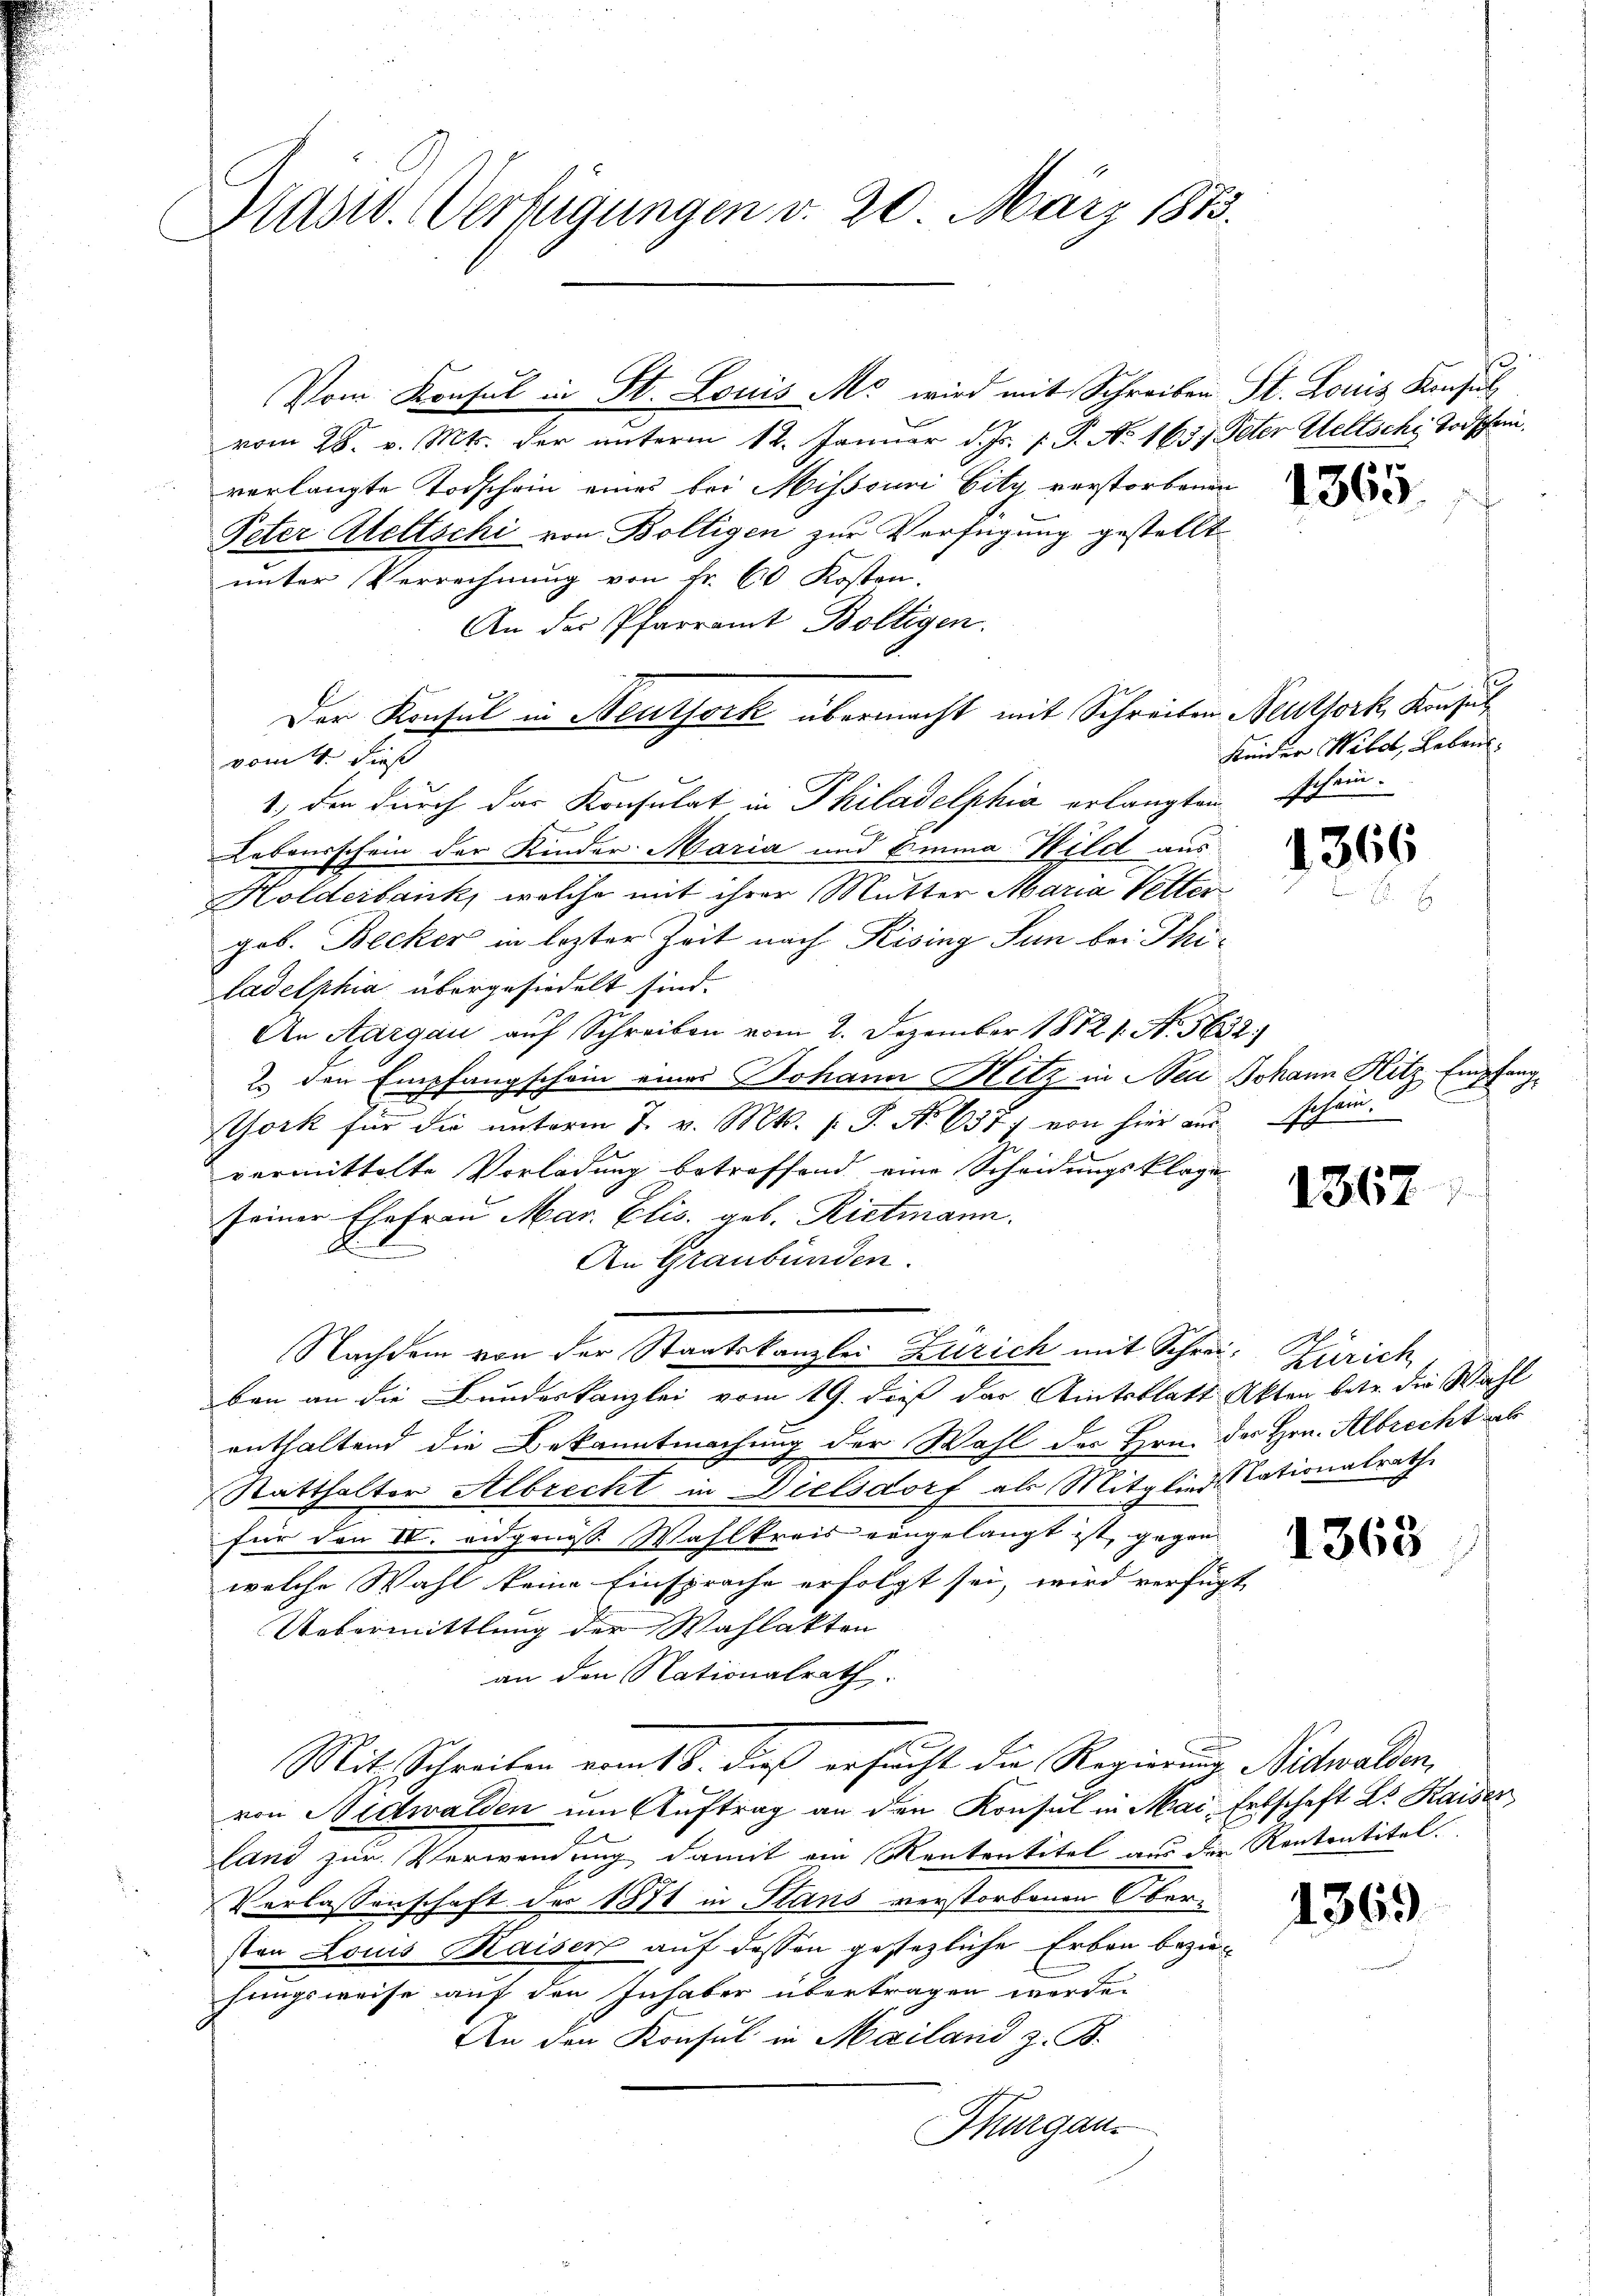
Stusw. Verfügungen d. 20. März 1873.

Vom Konsul in St. Louis Mo wird mit Schreiben

vom 28. v. Mts. der unterm 12. Januar d. Js. v. J. No. 1657.
verlangte Todschein eines bei Missouri bitz verstorbenen
Peter Ateltschi von Boltigen zur Verfügung gestellt
unter Verrechnung von Fr. 60 Kosten.
An der Pfarramt Boltigen.
Der Konsul in Neuthork übermacht mit Schreiben Neuthork, Konsul
vom 4. dieß
1.) Den durch das Konsulat in Philadelphia erlangten schein¬
Lebensschein der Kinder Maria und Emma Hild aus¬
Holderbank, welche mit ihrer Mutter Maria Vetter
geb. Becker in lezter Zeit nach Rising Lun bei Thi
ladelphia übergesiedelt sind.
An Aargau auf Schreiben vom 2. Dezember 18121. No. 5632)
2. den Empfangschein eines Johann Hetz in Neu Johann Hitz Empfang
York für die ŭnterm 7. v. Mts. f. P. Nr. 637; von hier aŭs schein
6
vermittelte Vorladung betreffend eine Scheidungsklage
seiner Ehefrau Mar. Elis. geb. Rietmann.
An Graubünden.
Nachdem von der Staatskanzlei Zürich mit Schreiben an die Bundeskanzlei vom 19. dieß das Amtsblatt
enthaltend die Bekanntmachung der Wahl des Hrn.
Statthalter Albrecht in Dielsdorf als Mitglied
für den IV. eidgenoss Wahlkreis vongelangt ist, gegen
welche Wahl keine Einsprache erfolgt sei, wird verfügt
Uebermittlung der Wahlakten
an den Nationalrath.
Mit Schreiben vom 18. dieß ersucht die Regierung Nidwalden,
von Nidwalden um Auftrag an den Konsul in Mai, Erbschaft L. Kaiser
land zur Verwendung damit ein Kententitel aus der Rententitel.
Verlassenschaft des 1874 in Stans verstorbenen Oberston Louis Kaiser auf dessen gestezliche Erben bezie
fungsweise auf den Inhaber übertragen worden
An den Konsul in Mailand z. B.
Thurgau.

St. Louis Konsul
Peter Weltsche Todschein

1365.

Keinder Weber, Leben

1366

1

1367

. Zürich
Akten betr. die Wahl
des Hrn. Albrecht ab
Nationalrath

1363

1369